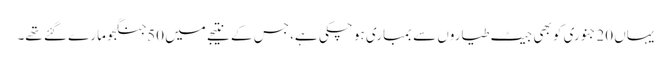
یہاں 20جنوری کو بھی جیٹ طیاروں سے بمباری ہو چکی ہے، جس کے نتیجے میں 50جنگجو مارے گئے تھے۔